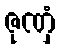
ဇုဏှံ